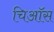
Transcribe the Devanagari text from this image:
चिऑस